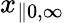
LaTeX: x_{\parallel 0,\infty}